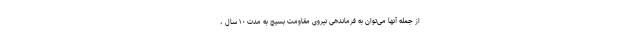
از جمله آنها می‌توان به فرماندهی نیروی مقاومت بسیج به مدت ۱۰ سال ،